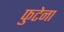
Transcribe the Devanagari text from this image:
फुटेना